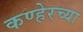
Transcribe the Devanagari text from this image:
कण्हेरच्या